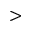
>